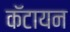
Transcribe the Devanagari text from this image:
कॅटायन